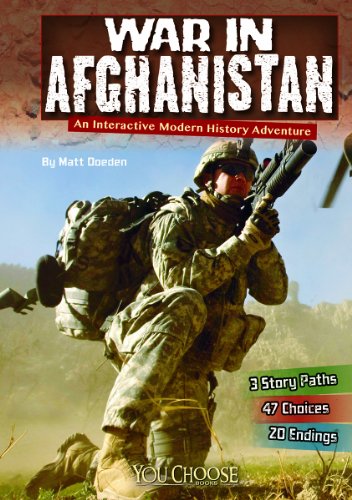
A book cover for War in Afghanistan: An Interactive Modern History Adventure (You Choose: Modern History); Matt Doeden; Children's Books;